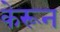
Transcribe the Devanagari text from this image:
केरून